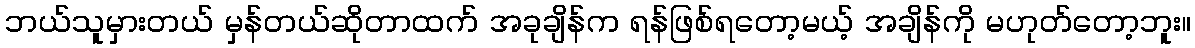
ဘယ်သူမှားတယ် မှန်တယ်ဆိုတာထက် အခုချိန်က ရန်ဖြစ်ရတော့မယ့် အချိန်ကို မဟုတ်တော့ဘူး။